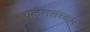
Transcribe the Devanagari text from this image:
गलतसंस्कार